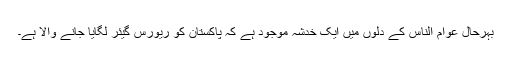
بہرحال عوام الناس کے دلوں میں ایک خدشہ موجود ہے کہ پاکستان کو ریورس گیئر لگایا جانے والا ہے۔